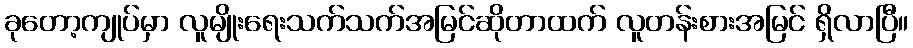
ခုတော့ကျုပ်မှာ လူမျိုးရေးသက်သက်အမြင်ဆိုတာထက် လူတန်းစားအမြင် ရှိလာပြီ။